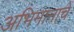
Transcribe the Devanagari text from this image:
अभिमानाचें